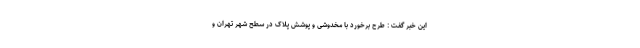
این خبر گفت : طرح برخورد با مخدوشی و پوشش پلاک در سطح شهر تهران و